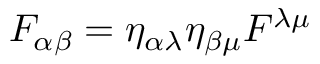
F _ { \alpha \beta } = \eta _ { \alpha \lambda } \eta _ { \beta \mu } F ^ { \lambda \mu }